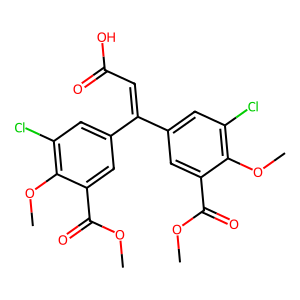
SMILES: COC(=O)c1cc(C(=CC(=O)O)c2cc(Cl)c(OC)c(C(=O)OC)c2)cc(Cl)c1OC
Inhibits HIV replication: No